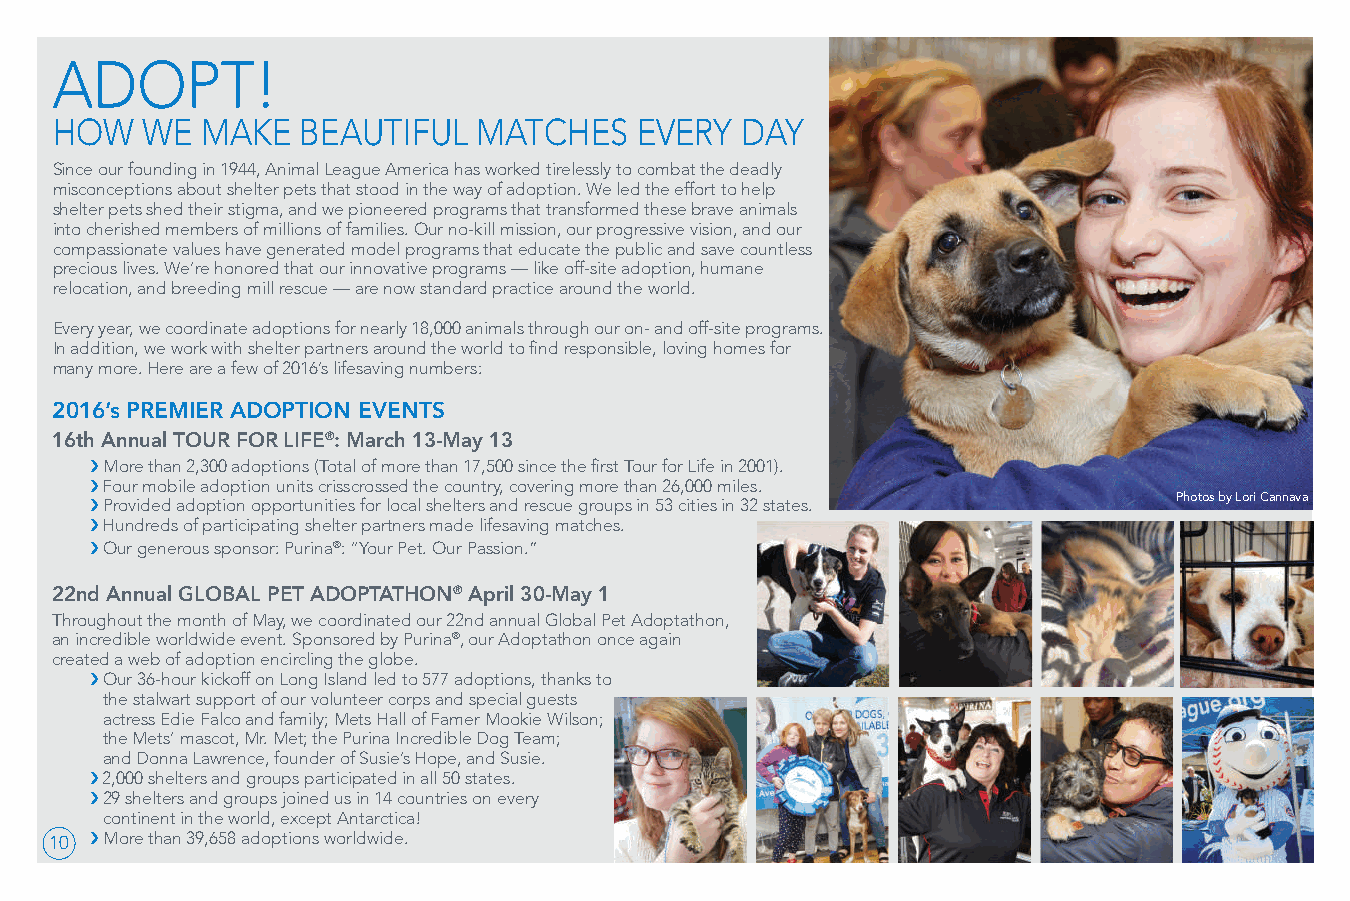
ADOPT!
 HOW   WE  MAKE   BEAUTIFUL   MATCHES   EVERY  DAY
 Since our founding in 1944, Animal League America has worked tirelessly to combat the deadly
 misconceptions about shelter pets that stood in the way of adoption. We led the effort to help
 shelter pets shed their stigma, and we pioneered programs that transformed these brave animals
 into cherished members of millions of families. Our no-kill mission, our progressive vision, and our
 compassionate values have generated model programs that educate the public and save countless
 precious lives. We’re honored that our innovative programs — like off-site adoption, humane
 relocation, and breeding mill rescue — are now standard practice around the world.
 Every year, we coordinate adoptions for nearly 18,000 animals through our on- and off-site programs.
 In addition, we work with shelter partners around the world to find responsible, loving homes for
 many more. Here are a few of 2016’s lifesaving numbers:
 2016’s PREMIER ADOPTION EVENTS
 16th Annual TOUR FOR LIFE®: March 13-May 13
 › More than 2,300 adoptions (Total of more than 17,500 since the first Tour for Life in 2001).
 › Four mobile adoption units crisscrossed the country, covering more than 26,000 miles.
 › Provided adoption opportunities for local shelters and rescue groups in 53 cities in 32 states. Photos by Lori Cannava
 › Hundreds of participating shelter partners made lifesaving matches.
 › Our generous sponsor: Purina®: “Your Pet. Our Passion.”
 22nd Annual GLOBAL PET ADOPTATHON® April 30-May 1
 Throughout the month of May, we coordinated our 22nd annual Global Pet Adoptathon,
 an incredible worldwide event. Sponsored by Purina®, our Adoptathon once again
 created a web of adoption encircling the globe.
 › Our 36-hour kickoff on Long Island led to 577 adoptions, thanks to
 the stalwart support of our volunteer corps and special guests
 actress Edie Falco and family; Mets Hall of Famer Mookie Wilson;
 the Mets’ mascot, Mr. Met; the Purina Incredible Dog Team;
 and Donna Lawrence, founder of Susie’s Hope, and Susie.
 › 2,000 shelters and groups participated in all 50 states.
 › 29 shelters and groups joined us in 14 countries on every
 continent in the world, except Antarctica!
 1 0 › More than 39,658 adoptions worldwide.